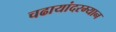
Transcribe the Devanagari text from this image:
चढायांदरम्यान